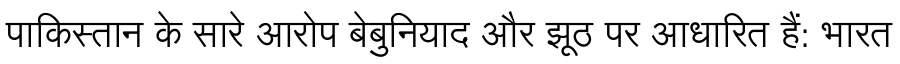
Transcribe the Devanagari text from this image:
पाकिस्तान के सारे आरोप बेबुनियाद और झूठ पर आधारित हैं: भारत